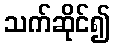
သက်ဆိုင်၍